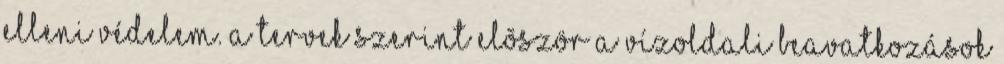
elleni védelem. A tervek szerint elõször a vízoldali beavatkozások